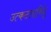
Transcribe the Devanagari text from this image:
उत्कटताबिंदू